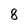
Character: 8